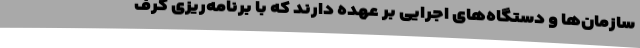
سازمان‌ها و دستگاه‌های اجرایی بر عهده دارند که با برنامه‌ریزی گرف